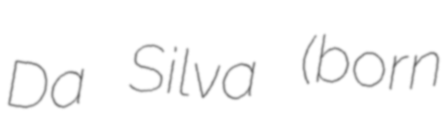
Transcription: Da Silva (born